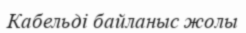
Кабельді байланыс жолы